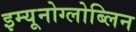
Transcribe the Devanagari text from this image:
इम्यूनोग्लोब्लिन